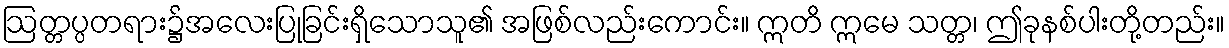
ဩတ္တပ္ပတရား၌အလေးပြုခြင်းရှိသောသူ၏ အဖြစ်လည်းကောင်း။ ဣတိ ဣမေ သတ္တ၊ ဤခုနစ်ပါးတို့တည်း။